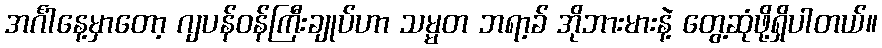
အင်္ဂါနေ့မှာတော့ ဂျပန်ဝန်ကြီးချုပ်ဟာ သမ္မတ ဘရာ့ခ် အိုဘားမားနဲ့ တွေ့ဆုံဖို့ရှိပါတယ်။